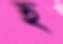
হ